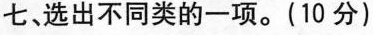
七、选出不同类的一项.(10 分)